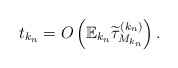
\begin{align*} t_{k_n}=O\left(\mathbb{E}_{k_n}\widetilde{\tau}^{(k_n)}_{M_{k_n}}\right).\end{align*}